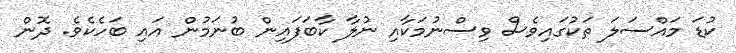
ކުޑަ މައްސަލަ ތަކުގައިވެސް ވިސްނުމަކާއި ނުލާ ކާބަފައިން ބުނަމުން އައި ބަހެކެވެ. ދޮން